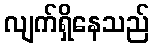
လျက်ရှိနေသည်